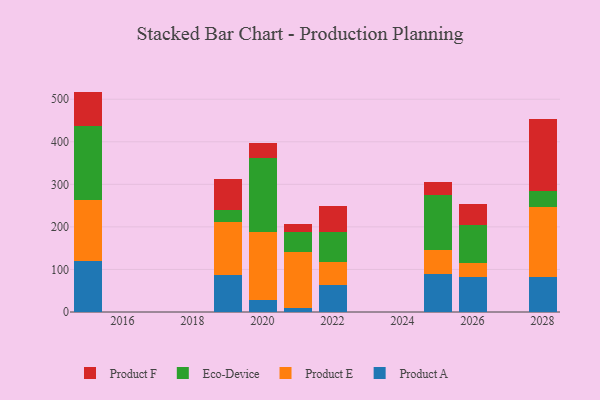
{"axis": {"x": "Year", "y": "Satisfaction Score"}, "legend": ["Eco-Device", "Product A", "Product E", "Product F"], "data": [{"x": "2022", "y": 62.7, "type": "Product A"}, {"x": "2022", "y": 55.1, "type": "Product E"}, {"x": "2022", "y": 69.4, "type": "Eco-Device"}, {"x": "2022", "y": 62.1, "type": "Product F"}, {"x": "2015", "y": 119.0, "type": "Product A"}, {"x": "2015", "y": 145.1, "type": "Product E"}, {"x": "2015", "y": 173.8, "type": "Eco-Device"}, {"x": "2015", "y": 80.0, "type": "Product F"}, {"x": "2025", "y": 89.9, "type": "Product A"}, {"x": "2025", "y": 56.6, "type": "Product E"}, {"x": "2025", "y": 129.6, "type": "Eco-Device"}, {"x": "2025", "y": 29.8, "type": "Product F"}, {"x": "2019", "y": 85.8, "type": "Product A"}, {"x": "2019", "y": 126.4, "type": "Product E"}, {"x": "2019", "y": 27.2, "type": "Eco-Device"}, {"x": "2019", "y": 73.6, "type": "Product F"}, {"x": "2020", "y": 28.8, "type": "Product A"}, {"x": "2020", "y": 158.2, "type": "Product E"}, {"x": "2020", "y": 174.2, "type": "Eco-Device"}, {"x": "2020", "y": 35.4, "type": "Product F"}, {"x": "2028", "y": 83.1, "type": "Product A"}, {"x": "2028", "y": 163.1, "type": "Product E"}, {"x": "2028", "y": 37.0, "type": "Eco-Device"}, {"x": "2028", "y": 171.5, "type": "Product F"}, {"x": "2026", "y": 81.7, "type": "Product A"}, {"x": "2026", "y": 32.3, "type": "Product E"}, {"x": "2026", "y": 91.1, "type": "Eco-Device"}, {"x": "2026", "y": 49.2, "type": "Product F"}, {"x": "2021", "y": 9.8, "type": "Product A"}, {"x": "2021", "y": 131.8, "type": "Product E"}, {"x": "2021", "y": 45.5, "type": "Eco-Device"}, {"x": "2021", "y": 19.1, "type": "Product F"}]}